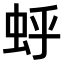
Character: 𫊯